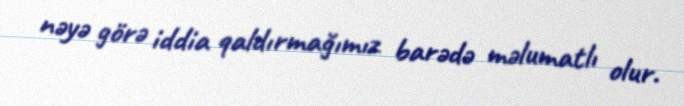
nəyə görə iddia qaldırmağımız barədə məlumatlı olur.